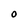
Character: O